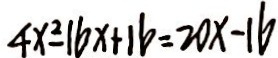
4 x ^ { 2 } - 1 6 x + 1 6 = 2 0 x - 1 6